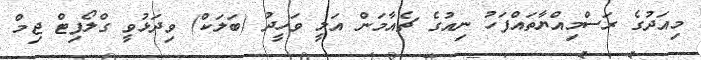
މިއަދުގެ ރަސްމިއްޔާތައްފަހު ނިއުގެ ޗެއާމަން އަލީ ވަހީދު (ބަލަކް) ވިދަޅުވީ ގްލޯފިޓް ޖިމް